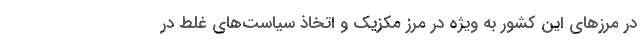
در مرزهای این کشور به ویژه در مرز مکزیک و اتخاذ سیاست­های غلط در